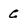
Character: C